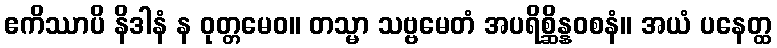
ဧကိဿာပိ နိဒါနံ န ဝုတ္တမေဝ။ တသ္မာ သဗ္ဗမေတံ အပရိစ္ဆိန္နဝစနံ။ အယံ ပနေတ္ထ